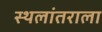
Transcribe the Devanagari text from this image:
स्थलांतराला